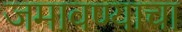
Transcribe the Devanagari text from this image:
जमावण्याचा